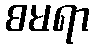
စမရာ